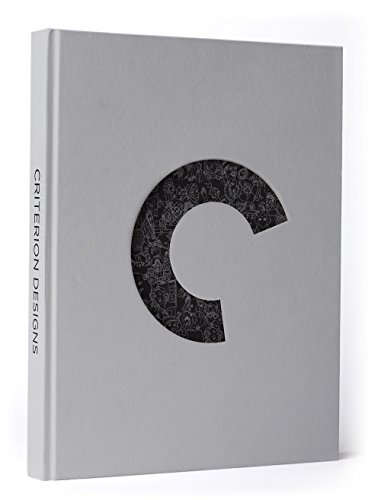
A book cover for Criterion Designs; The Criterion Collection; Humor & Entertainment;